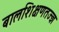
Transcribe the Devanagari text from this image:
बालशिक्षणतज्ज्ञ